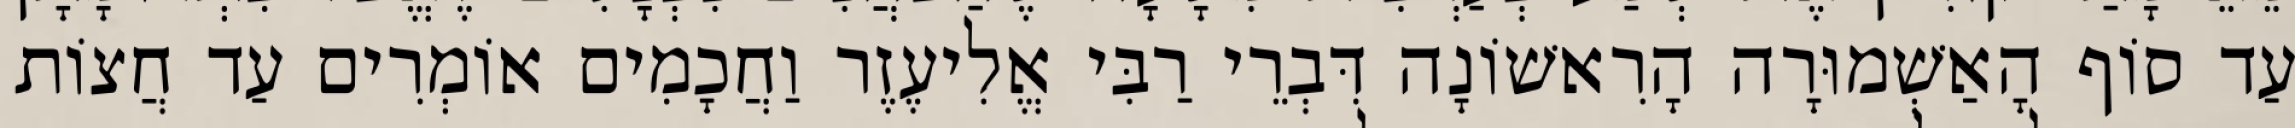
עַד סוֹף הָאַשְׁמוּרָה הָרִאשׁוֹנָה דִּבְרֵי רַבִּי אֱלִיעֶזֶר וַחֲכָמִים אוֹמְרִים עַד חֲצוֹת